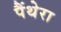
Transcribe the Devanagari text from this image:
पैंथेरा